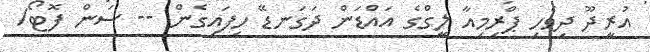
އުރީދޫ ދިވެހި ޕްރިމިއާ ލީގްގެ އައްޑަން ދަގަނޑޭ ހިފައިގެން -- ސަން ފޮޓޯ/